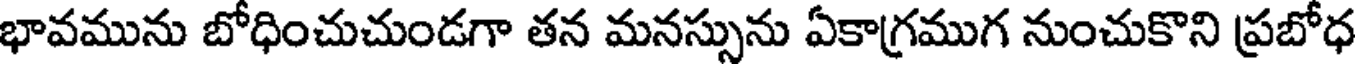
భావమును బోధించుచుండగా తన మనస్సును ఏకాగ్రముగ నుంచుకొని ప్రబోధ